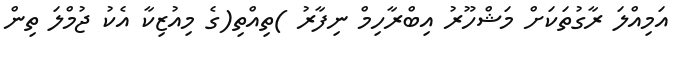
އަމިއްލަ ރާގުތަކަށް މަޝްހޫރު އިބްރާހިމް ނިފާރު )ތިއްތި(ގެ މިއުޒިކާ އެކު ޖުމްލަ ތިން